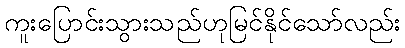
ကူးပြောင်းသွားသည်ဟုမြင်နိုင်သော်လည်း